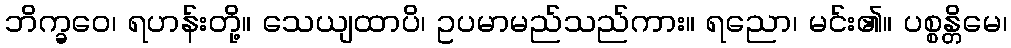
ဘိက္ခဝေ၊ ရဟန်းတို့။ သေယျထာပိ၊ ဥပမာမည်သည်ကား။ ရညော၊ မင်း၏။ ပစ္စန္တိမေ၊